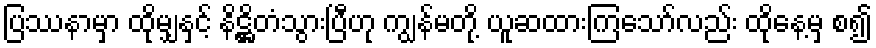
ပြဿနာမှာ ထိုမျှနှင့် နိဋ္ဌိတံသွားပြီဟု ကျွန်မတို့ ယူဆထားကြသော်လည်း ထိုနေ့မှ စ၍